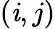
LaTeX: \left(\mathit{i},j\right)